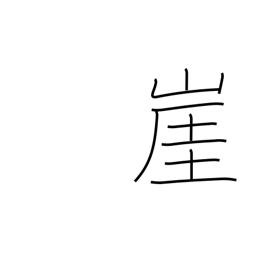
Meaning: cliff